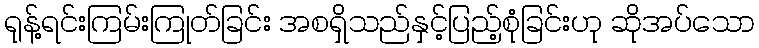
ရုန့်ရင်းကြမ်းကြုတ်ခြင်း အစရှိသည်နှင့်ပြည့်စုံခြင်းဟု ဆိုအပ်သော